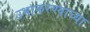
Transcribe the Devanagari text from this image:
उभाकरण्याच्या